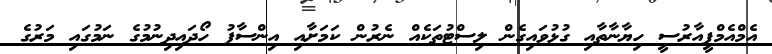
އެމްއެމްޕީއާރުސީ ހިޔާނާތާއި ގުޅުވައިގެން ލިސްޓުތަކެއް ނެރުން ކަމަށާއި އިންސާފު ހޯދައިދިނުމުގެ ނަމުގައި މަރުގެ